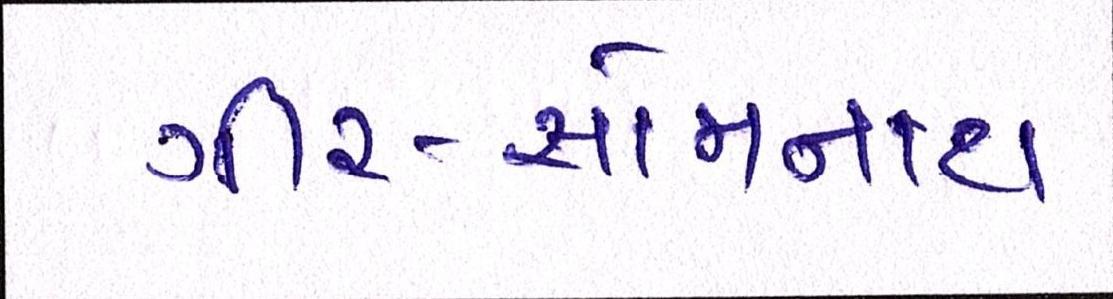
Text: ગીર-સોમનાથ